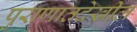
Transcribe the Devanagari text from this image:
पुराणातदेखील